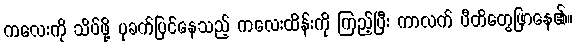
ကလေးကို သိပ်ဖို့ ပုခက်ပြင်နေသည့် ကလေးထိန်းကို ကြည့်ပြီး ကာလက် ပီတိတွေဖြာနေ၏။